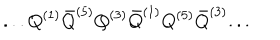
. . . Q ^ { ( 1 ) } { \bar { Q } } ^ { ( 5 ) } Q ^ { ( 3 ) } { \bar { Q } } ^ { ( 1 ) } Q ^ { ( 5 ) } { \bar { Q } } ^ { ( 3 ) } . . .